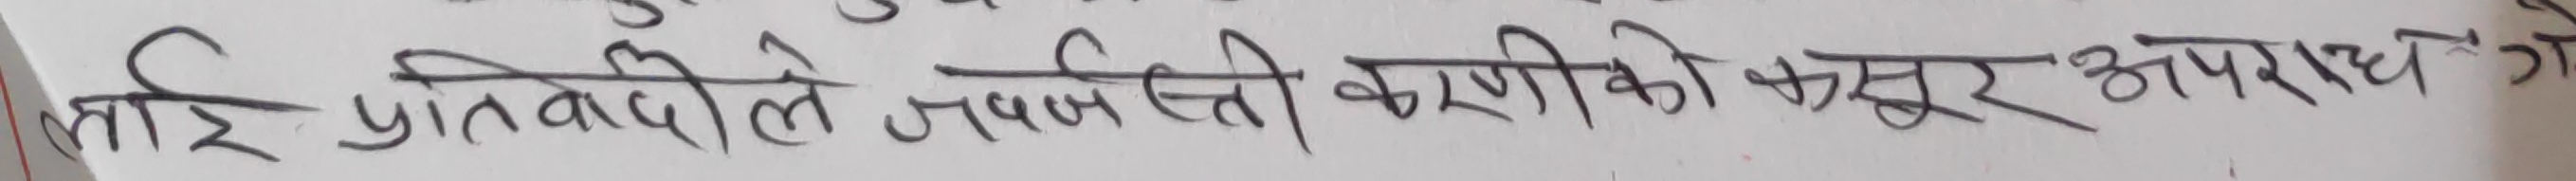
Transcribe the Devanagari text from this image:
लाई प्रतिबदले जबस्ती करणीको कसूर अपराध है